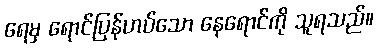
ရေမှ ရောင်ပြန်ဟပ်သော နေရောင်ကို သူရသည်။